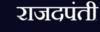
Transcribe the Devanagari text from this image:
राजदपंती